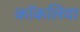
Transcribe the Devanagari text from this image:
कॉकलिया